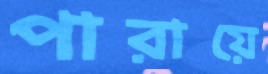
পারায়ে